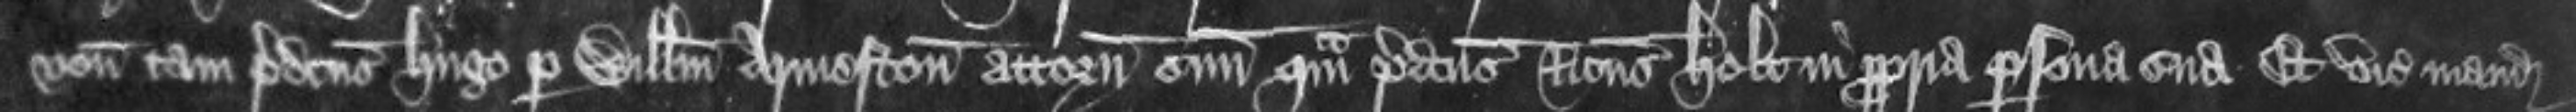
veniunt tam predictus Hugo per Willelmum Armeston attornatum suum quam predictus Ricardus Holt in propria persona sua Et vicecomes mandat